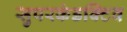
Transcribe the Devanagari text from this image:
सुपरकंडक्टिव